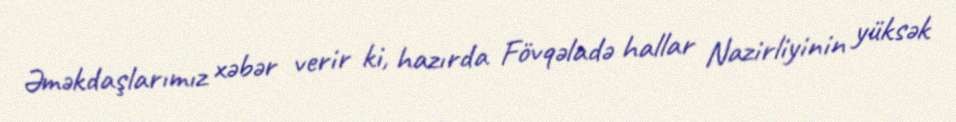
Əməkdaşlarımız xəbər verir ki, hazırda Fövqəladə hallar Nazirliyinin yüksək